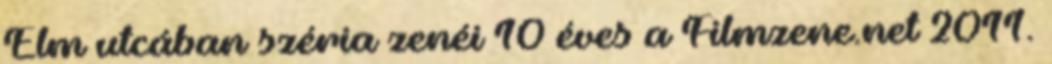
Elm utcában széria zenéi 10 éves a Filmzene.net 2011.